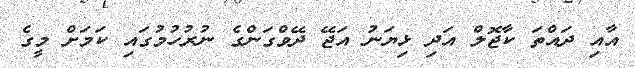
އާއި ދައްތަ ކާޖޮލް އަދި ޅިޔަނު އަޖޭ ދޭވްގަންގެ ނުރުހުމުގައި ކަމަށް މީގެ